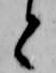
と